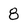
Character: 8